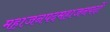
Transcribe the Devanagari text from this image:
महाजनपदमहाजनपदों